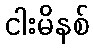
ငါးမိနစ်